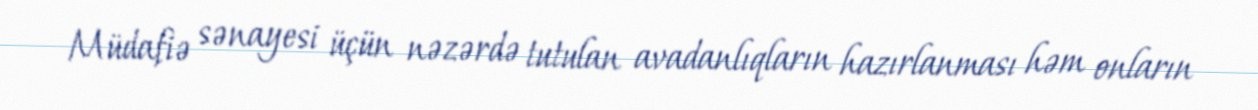
Müdafiə sənayesi üçün nəzərdə tutulan avadanlıqların hazırlanması həm onların